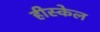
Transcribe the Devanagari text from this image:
हीस्केल